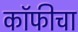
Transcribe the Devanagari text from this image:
कॉफीचा